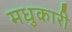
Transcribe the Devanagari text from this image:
मधुकारी